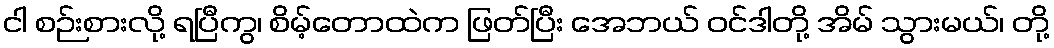
ငါ စဉ်းစားလို့ ရပြီကွ၊ စိမ့်တောထဲက ဖြတ်ပြီး အေဘယ် ဝင်ဒါတို့ အိမ် သွားမယ်၊ တို့